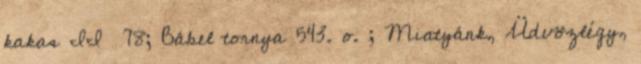
kakas II 78; Bábel tornya 543. o. ; Miatyánk, Üdvözlégy,